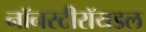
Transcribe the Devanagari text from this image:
नॉनस्टीरॉयडल